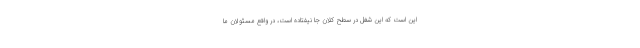
این است که این شغل در سطح کلان جا نیفتاده است، در واقع مسئولان ما